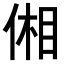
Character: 𪝋